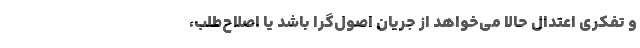
و تفکری اعتدال حالا می‌خواهد از جریان اصول‌گرا باشد یا اصلاح‌طلب،